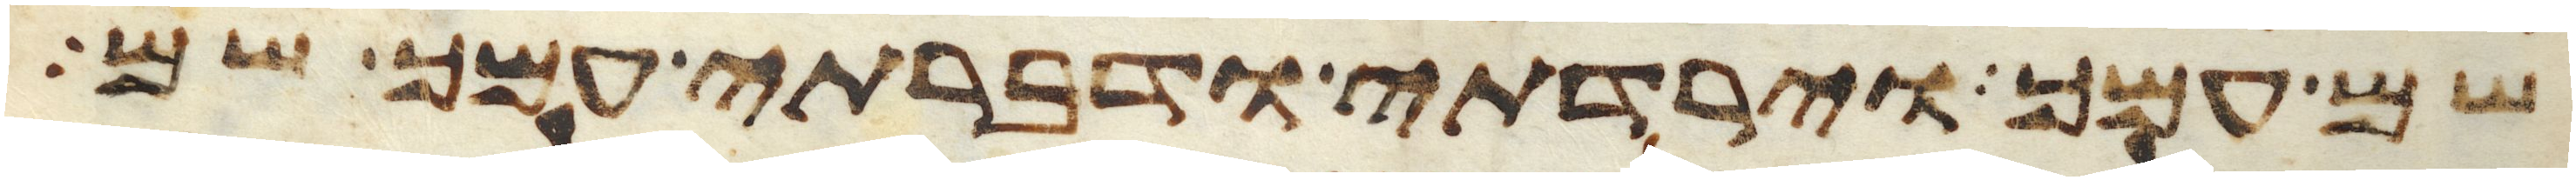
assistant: שם עמך וירדתי ודברתי עמך שם